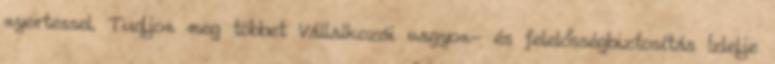
nyertessel. Tudjon meg többet Vállalkozói vagyon- és felelősségbiztosítás Ízlelje